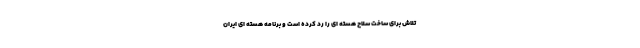
تلاش برای ساخت سلاح هسته ای را رد کرده است و برنامه هسته ای ایران